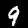
Label: 9